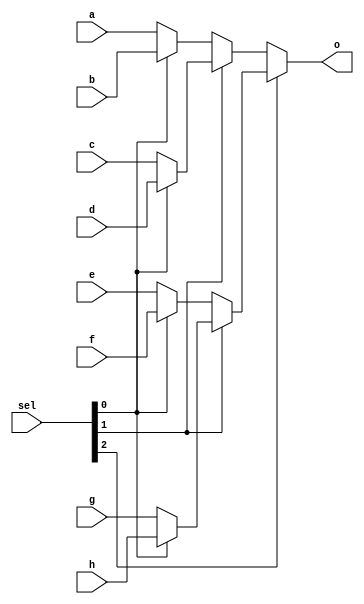
module mux8_16b(
    input [15:0] a,
    input [15:0] b,
    input [15:0] c,
    input [15:0] d,
    input [15:0] e,
    input [15:0] f,
    input [15:0] g,
    input [15:0] h,
    input [2:0] sel,
    output [15:0] o
    );

	//000 -> a, 001 -> b, 010 -> c, 011 -> d, 100 -> e, 101 -> f, 110 -> g, 111 -> h
	assign o = sel[2] ? (sel[1] ? (sel[0] ? h : g) : (sel[0] ? f : e)) : (sel[1] ? (sel[0] ? d : c) : (sel[0] ? b : a));

endmodule